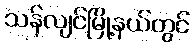
သန်လျင်မြို့နယ်တွင်